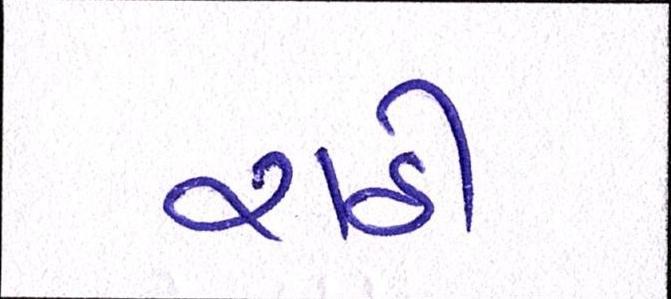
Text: રાઠી